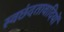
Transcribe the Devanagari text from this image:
स्वछंदतावादियों